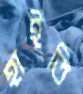
হাইতি